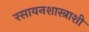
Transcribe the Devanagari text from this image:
रसायनशास्त्राशी